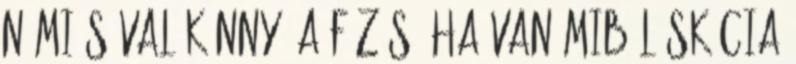
némi sóval Könnyű a főzés, ha van miből Skócia